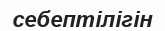
себептілігін